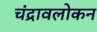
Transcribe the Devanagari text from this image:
चंद्रावलोकन